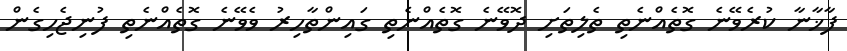
ފާޚާނާ ކުރެވޭނެ ގޮތެއްނެތި ތެލިތަށި ދޮވޭނެ ގޮތެއްނެތި ގައިންތާހިރު ވެވޭނެ ގޮތެއްނެތި ފުނިޖެހިގެން